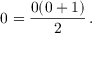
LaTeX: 0 = { \frac { 0 ( 0 + 1 ) } { 2 } } \, .